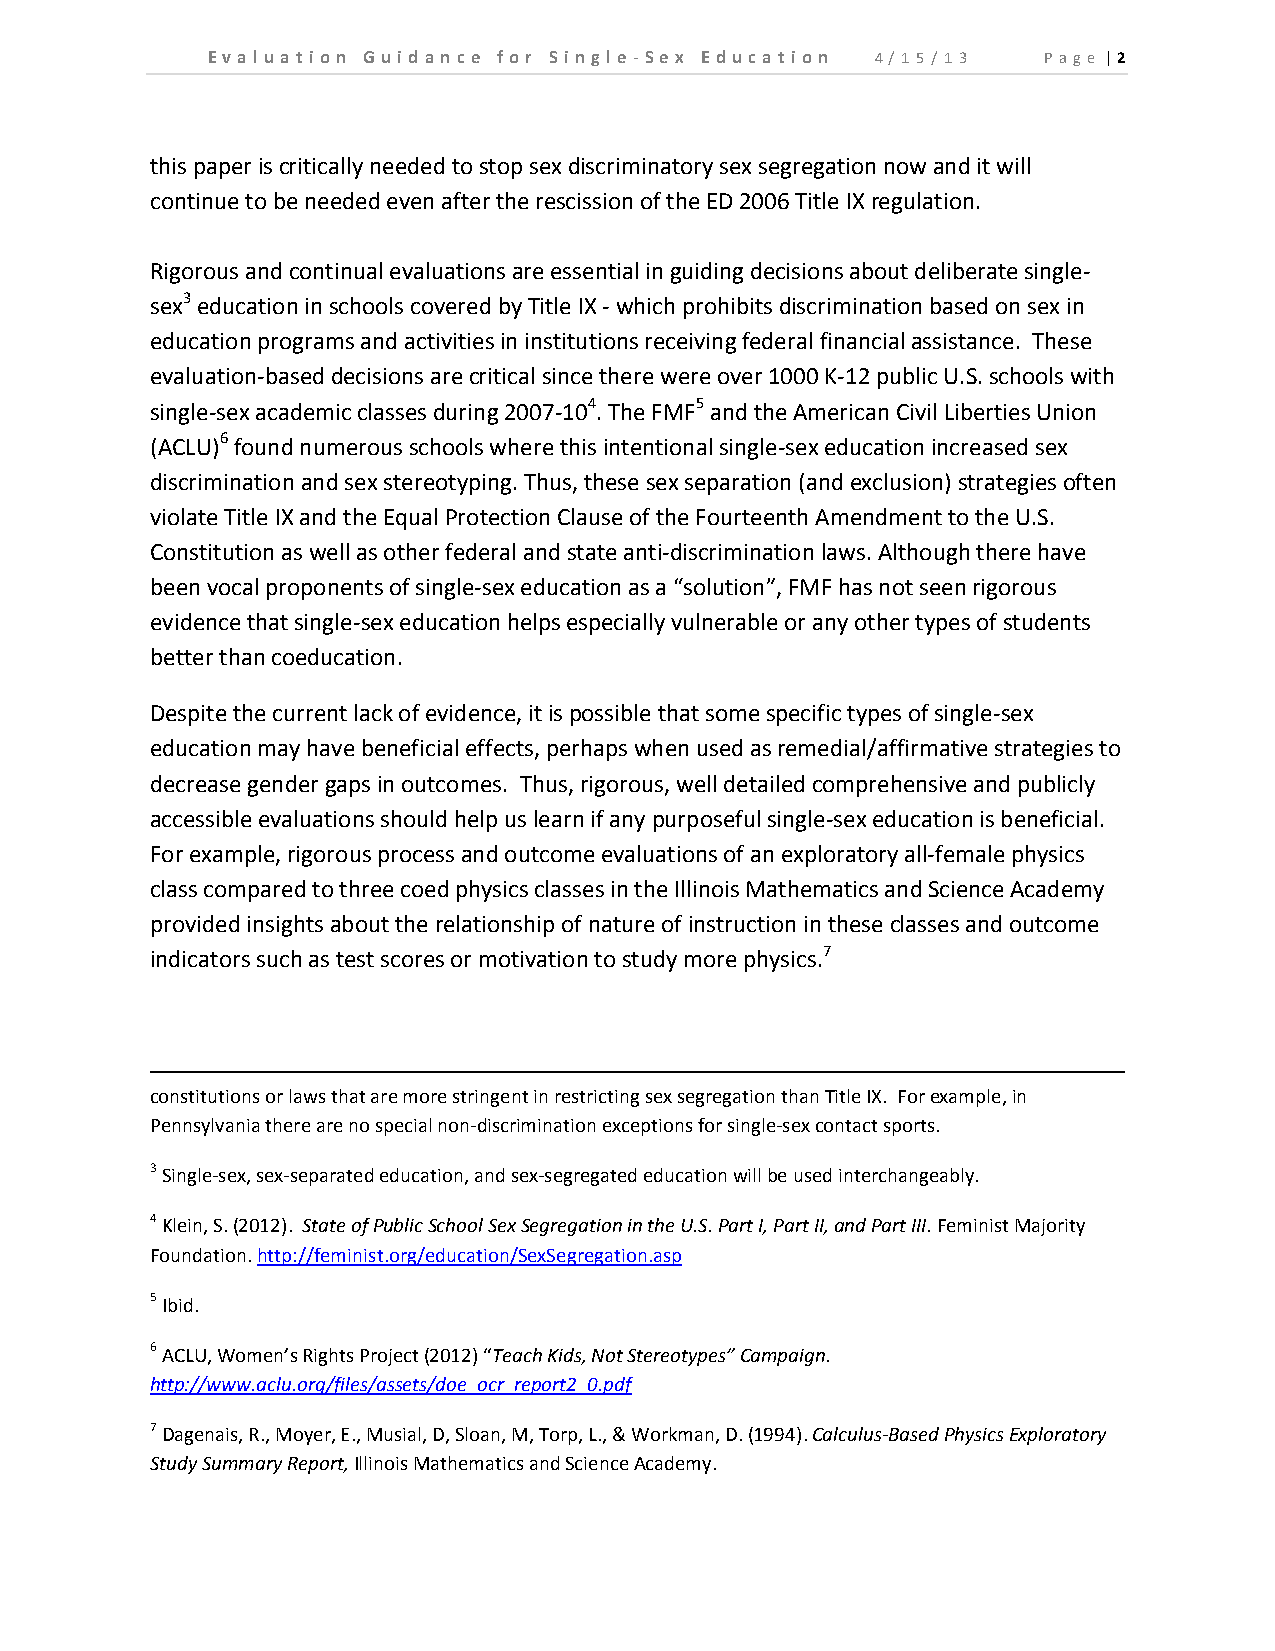
E v a l u a t i o n Gu id an c e fo r Si n gl e ‐ Se x E d u c a t io n 4/1 5/ 13 P a g e | 2
 this paper is critically needed to stop sex discriminatory sex segregation now and it will
 continue to be needed even after the rescission of the ED 2006 Title IX regulation.
 Rigorous and continual evaluations are essential in guiding decisions about deliberate single‐
 sex3 education in schools covered by Title IX ‐ which prohibits discrimination based on sex in
 education programs and activities in institutions receiving federal financial assistance. These
 evaluation‐based decisions are critical since there were over 1000 K‐12 public U.S. schools with
 single‐sex academic classes during 2007‐104. The FMF5 and the American Civil Liberties Union
 (ACLU)6 found numerous schools where this intentional single‐sex education increased sex
 discrimination and sex stereotyping. Thus, these sex separation (and exclusion) strategies often
 violate Title IX and the Equal Protection Clause of the Fourteenth Amendment to the U.S.
 Constitution as well as other federal and state anti‐discrimination laws. Although there have
 been vocal proponents of single‐sex education as a “solution”, FMF has not seen rigorous
 evidence that single‐sex education helps especially vulnerable or any other types of students
 better than coeducation.
 Despite the current lack of evidence, it is possible that some specific types of single‐sex
 education may have beneficial effects, perhaps when used as remedial/affirmative strategies to
 decrease gender gaps in outcomes. Thus, rigorous, well detailed comprehensive and publicly
 accessible evaluations should help us learn if any purposeful single‐sex education is beneficial.
 For example, rigorous process and outcome evaluations of an exploratory all‐female physics
 class compared to three coed physics classes in the Illinois Mathematics and Science Academy
 provided insights about the relationship of nature of instruction in these classes and outcome
 indicators such as test scores or motivation to study more physics.7
 constitutions or laws that are more stringent in restricting sex segregation than Title IX. For example, in
 Pennsylvania there are no special non‐discrimination exceptions for single‐sex contact sports.
 3 Single‐sex, sex‐separated education, and sex‐segregated education will be used interchangeably.
 4 Klein, S. (2012). State of Public School Sex Segregation in the U.S. Part I, Part II, and Part III. Feminist Majority
 Foundation. http://feminist.org/education/SexSegregation.asp
 5 Ibid.
 6 ACLU, Women’s Rights Project (2012) “Teach Kids, Not Stereotypes” Campaign.
 http://www.aclu.org/files/assets/doe_ocr_report2_0.pdf
 7 Dagenais, R., Moyer, E., Musial, D, Sloan, M, Torp, L., & Workman, D. (1994). Calculus‐Based Physics Exploratory
 Study Summary Report, Illinois Mathematics and Science Academy.